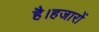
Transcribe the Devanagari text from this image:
है।हजारों